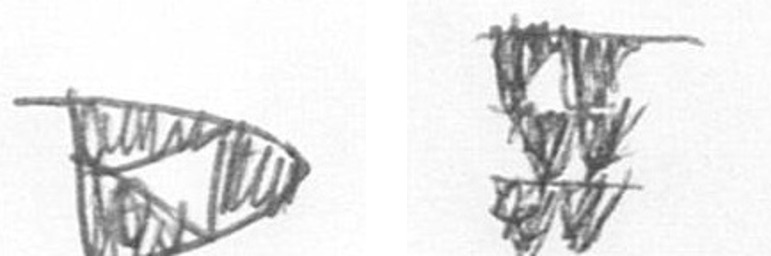
K Y